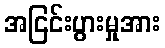
အငြင်းပွားမှုအား